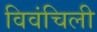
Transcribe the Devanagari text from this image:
विवंचिली